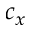
c _ { x }